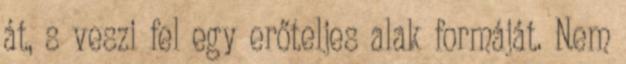
át, s veszi fel egy erőteljes alak formáját. Nem